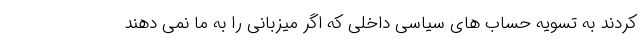
کردند به تسویه حساب های سیاسی داخلی که اگر میزبانی را به ما نمی دهند